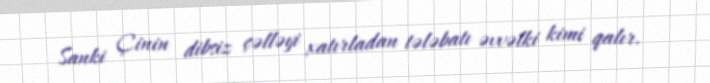
Sanki Çinin dibsiz çəlləyi xatırladan tələbatı əvvəlki kimi qalır.